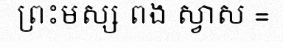
ព្រះមស្ស ពង ស្វាស =